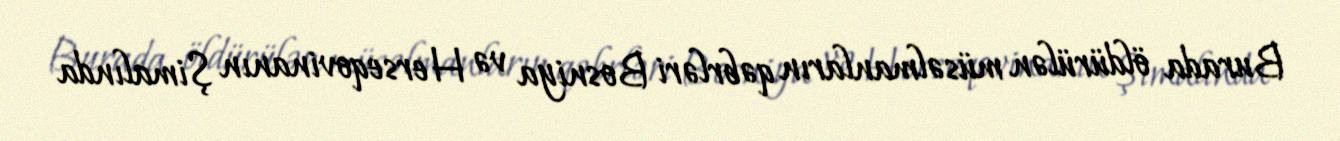
Burada öldürülən müsəlmanların qəbrləri Bosniya və Herseqovinanın Şimalında